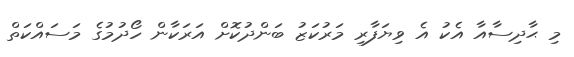
މި ޙާދިސާއާ އެކު އެ ވިޔަފާރި މަރުކަޒު ބަންދުކޮށް އަރަކާން ހޯދުމުގެ މަސައްކަތް